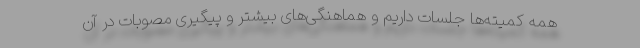
همه کمیته‌ها جلسات داریم و هماهنگی‌های بیشتر و پیگیری مصوبات در آن